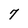
Character: 7